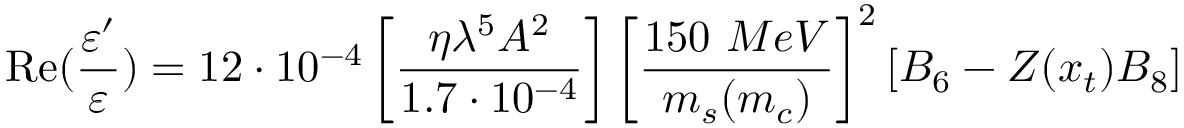
\mathrm { R e } ( \frac { \varepsilon ^ { \prime } } { \varepsilon } ) = 1 2 \cdot 1 0 ^ { - 4 } \left[ \frac { \eta \lambda ^ { 5 } A ^ { 2 } } { 1 . 7 \cdot 1 0 ^ { - 4 } } \right] \left[ \frac { 1 5 0 ~ M e V } { m _ { s } ( m _ { c } ) } \right] ^ { 2 } [ B _ { 6 } - Z ( x _ { t } ) B _ { 8 } ]